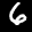
Label: 6